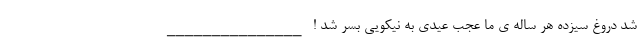
شد دروغ سیزده هر ساله ی ما عجب عیدی به نیکویی بسر شد ! _______________